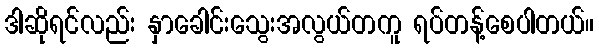
ဒါဆိုရင်လည်း နှာခေါင်းသွေးအလွယ်တကူ ရပ်တန့်စေပါတယ်။